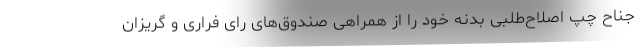
جناح چپ اصلاح‌طلبی بدنه خود را از همراهی صندوق‌های رای فراری و گریزان